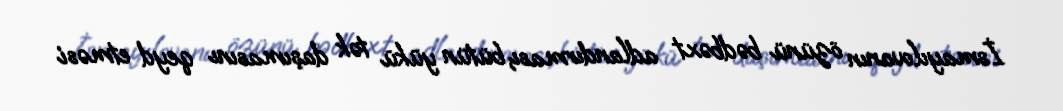
İsmayılovanın özünü bədbəxt adlandırması, bütün yükü tək daşımasını qeyd etməsi